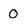
Character: 0